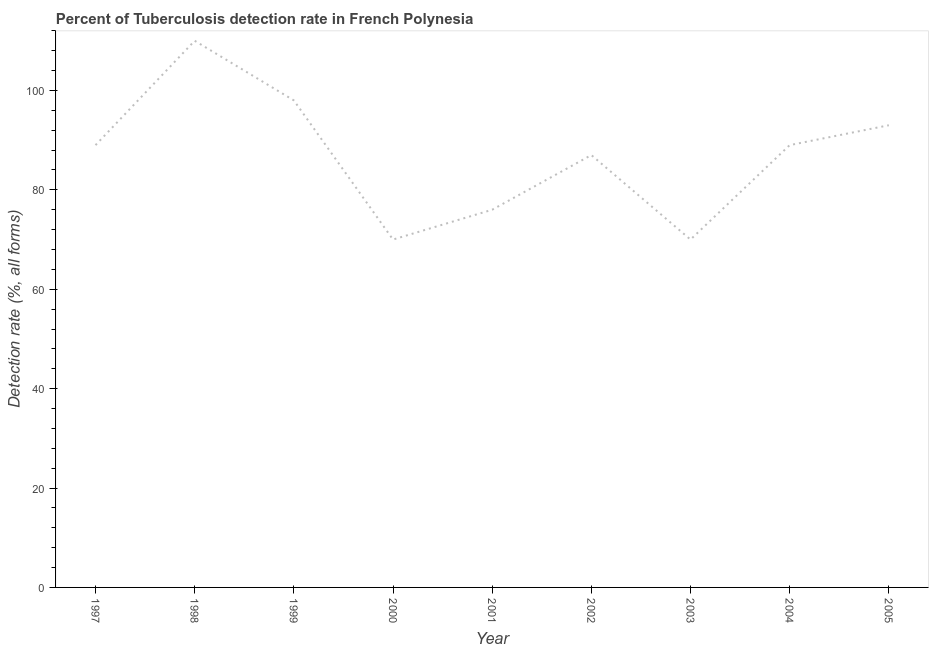
| Year | Tuberculosis case detection rate |
 | --- | --- |
 | 1997 | 89 |
 | 1998 | 110 |
 | 1999 | 98 |
 | 2000 | 70 |
 | 2001 | 76 |
 | 2002 | 87 |
 | 2003 | 70 |
 | 2004 | 89 |
 | 2005 | 93 |